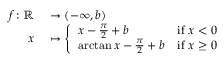
\begin{array} { r l } { f \colon \mathbb { R } } & { { } \to ( - \infty , b ) } \\ { x } & { { } \mapsto { \left\{ \begin{array} { l l } { x - { \frac { \pi } { 2 } } + b } & { { \mathrm { i f ~ } } x < 0 } \\ { \arctan x - { \frac { \pi } { 2 } } + b } & { { \mathrm { i f ~ } } x \geq 0 } \end{array} \right. } } \end{array}